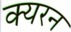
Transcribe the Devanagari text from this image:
क्यरन